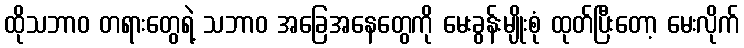
ထိုသဘာဝ တရားတွေရဲ့ သဘာဝ အခြေအနေတွေကို မေးခွန်းမျိုးစုံ ထုတ်ပြီးတော့ မေးလိုက်